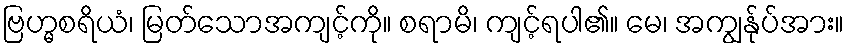
ဗြဟ္မစရိယံ၊ မြတ်သောအကျင့်ကို။ စရာမိ၊ ကျင့်ရပါ၏။ မေ၊ အကျွန်ုပ်အား။